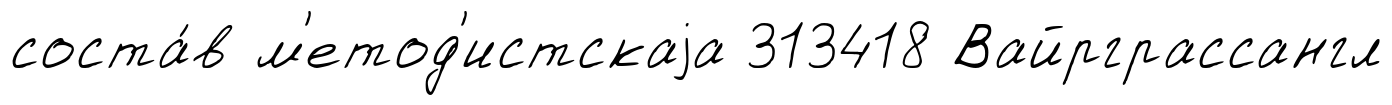
соста́в м'етод'истскаjа 313418 Вайрграссангл